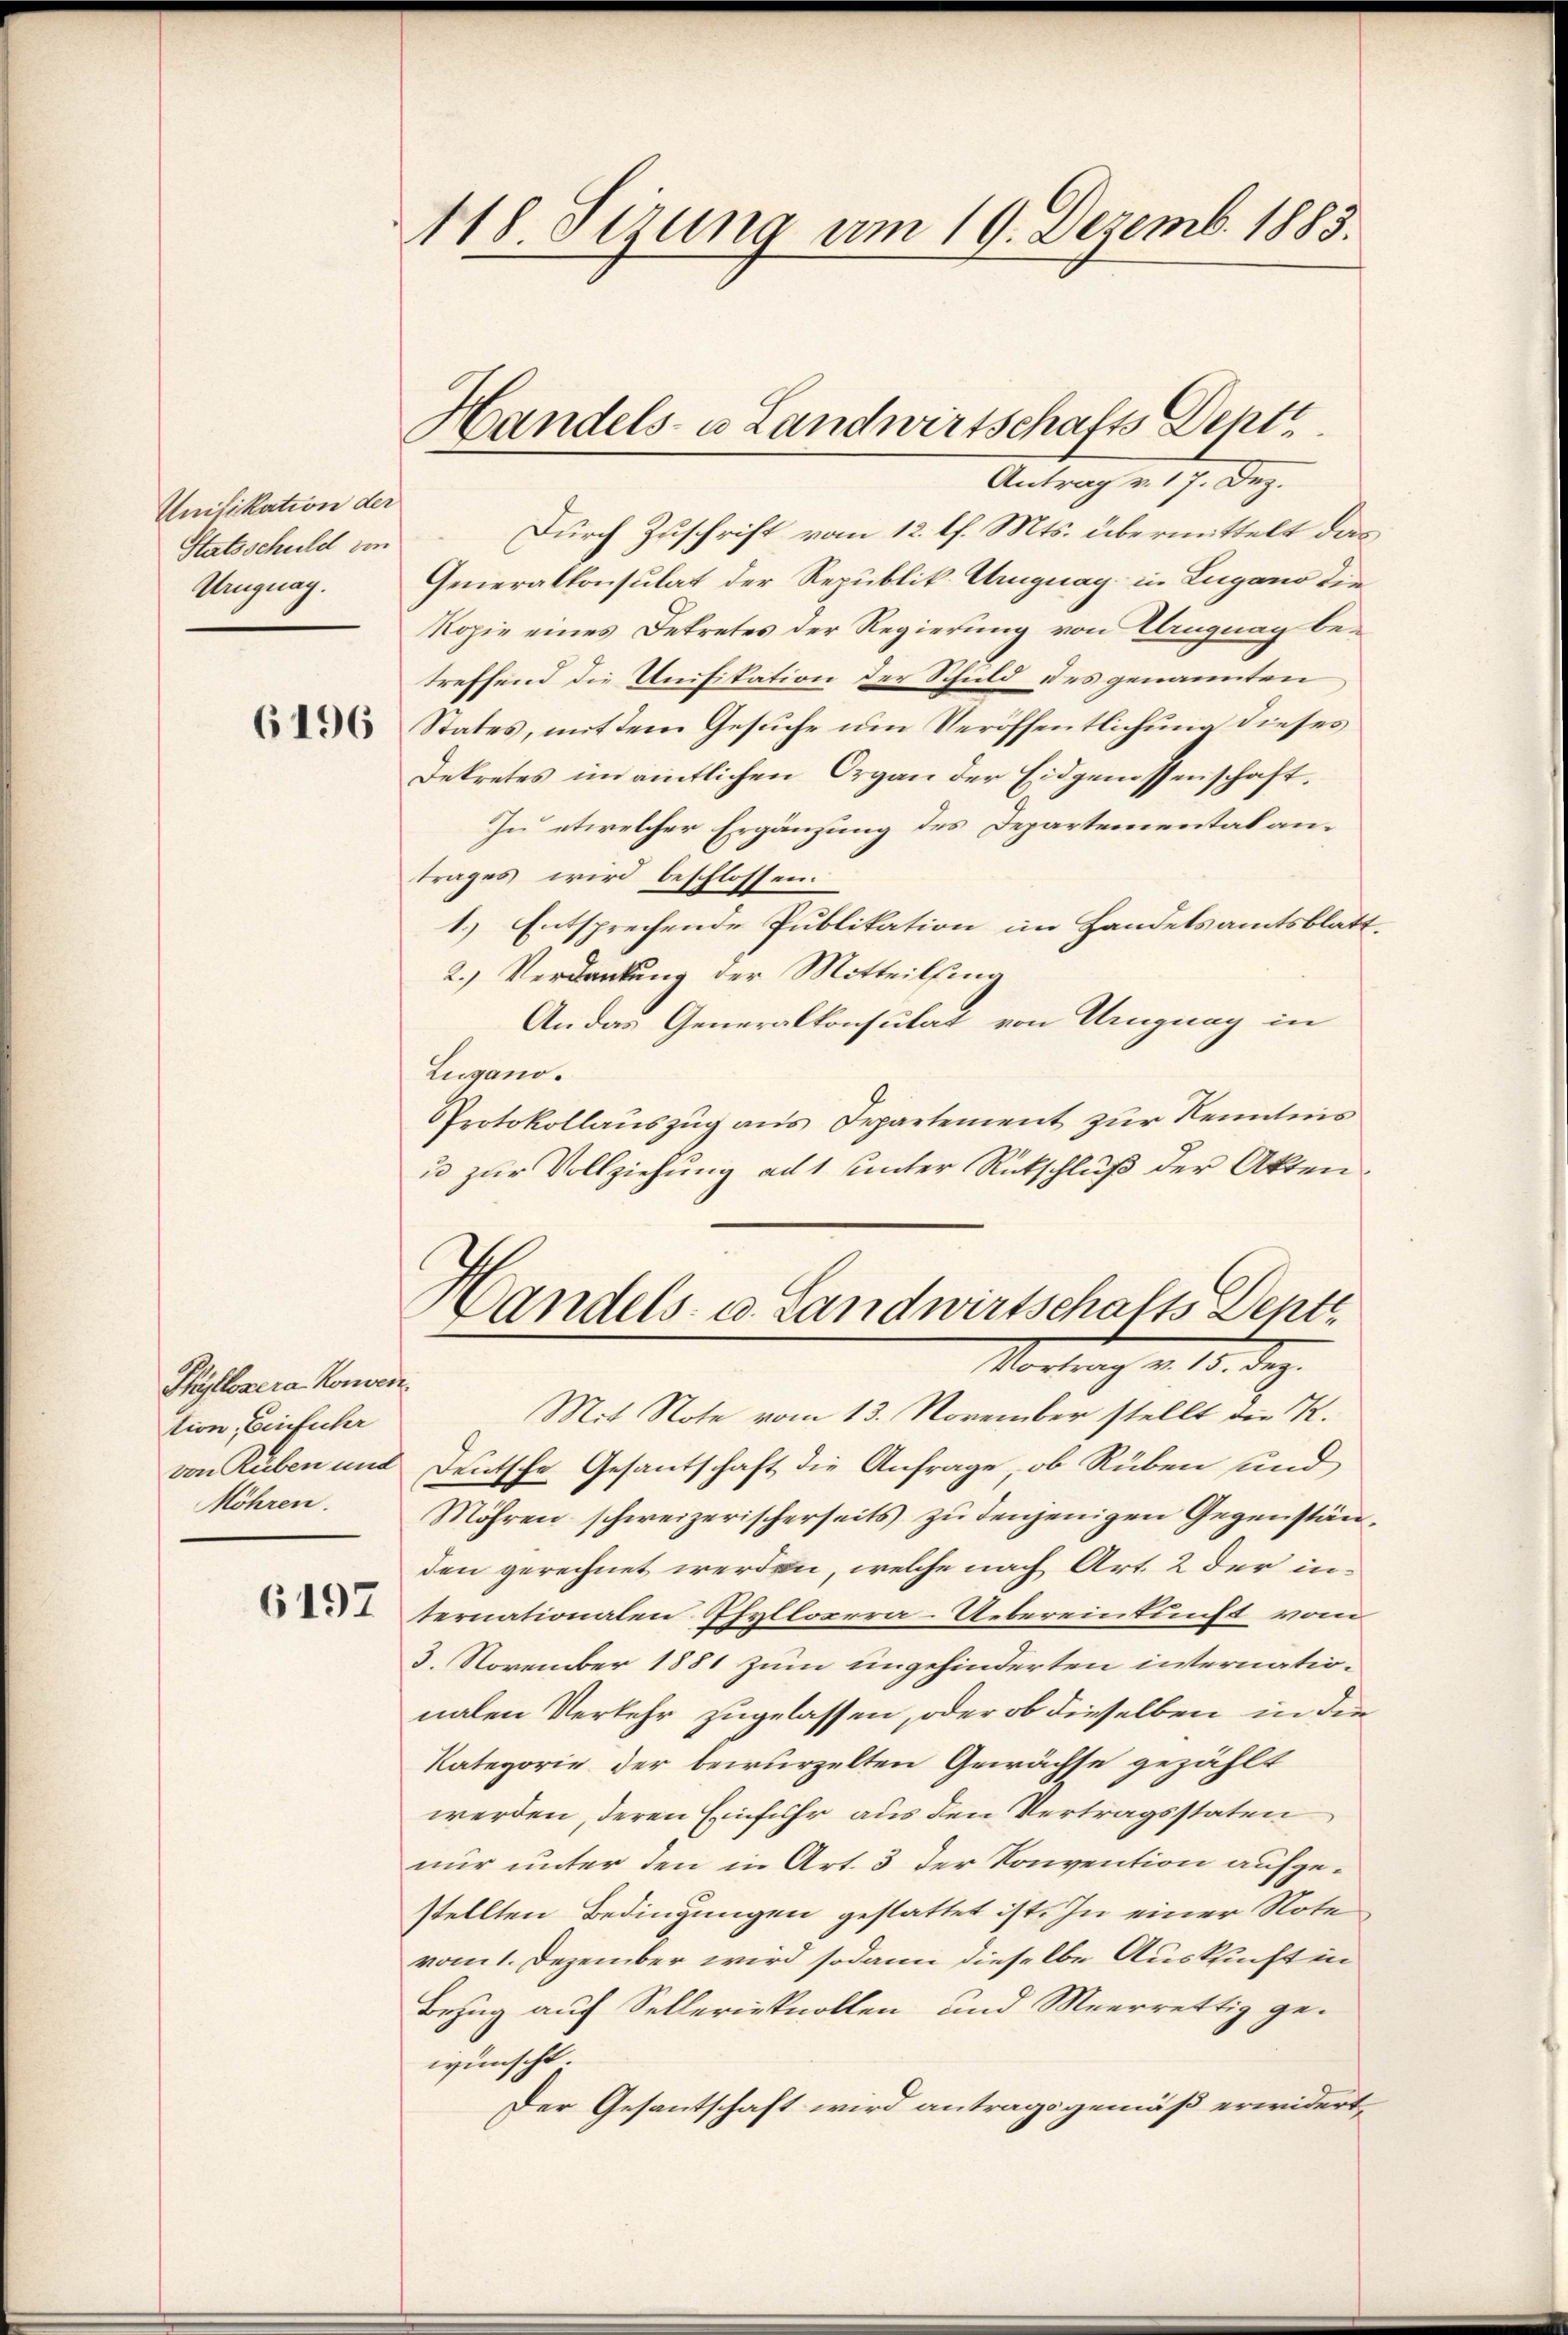
Unifikation der
Statsschuld von
Uruguag.

6196

Thyllosera Konvere
tion, Einfuhr
von Ruben und
Möhren.

6197

418. Sizung am 19. Dezemb. 1883.

Handels- u Landwirtschafts Dent
Antrag v. 17. Dez.

Durch Zuschrift vom 12. l. Mts. übermittelt das
Generalkonsulat der Republik Uruguay in Lugano die
Kopie eines Betretes der Regierung von Uruguay betreffend die Unifikation der Schuld des genannten
States, mit dem Gesuche um Veröffentlichung dieses
Dekretes im amtlichen Organ der Eidgenossenschaft.
In etwelcher Ergänzung des Departemental antrages wird beschlossen:
1.) Entsprechende Publikation im Handelsamtsblatt.
2.) Verdankung der Mitteilsing
An das Generalkonsulat von Uruguay in
Lugano.
Protokollauszug aus Departement zur Kenntnis
u zur Vollziehung als unter Rückschluß der Akten
Handels- u. Landwirtschafts Depti
Vortrag v. 15. d.
Mit Note vom 13. November stellt der K.
Deutsche Gesantschaft die Anfrage, ob Rüben und
Möhren schweizerischerseits zu denjenigen Gegenständen gerechnet werden, welche nach Art. 2 der in
ternationalen Phyllopera-Uebereinkunft vom
3. November 1881 zum ungehinderten internationalen Verkehr zugelassen, oder ob dieselben in die
Kategorie der bewurzelten Gewächse gezählt
werden, deren Einfuhr aus den Vertragsstaten
nur unter den in Art. 3 der Konvention aufgestellten Bedingungen gestattet ist. In einer Note
vom 1. Dezember wird sodann dieselbe Auskunft in
Bezug auf Sellerieknollen und Meerrettig ge-
wünscht.
Der Gesantschaft wird antragsgemäß erwidert,